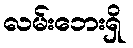
လမ်းဘေးရှိ